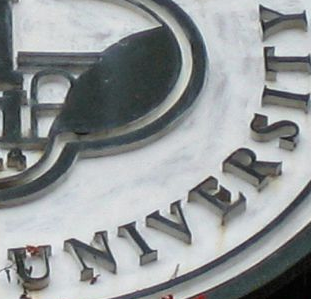
UNIVERSITY